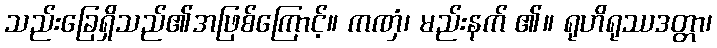
သည်းခြေရှိသည်၏အဖြစ်ကြောင့်။ ကဏှံ၊ မည်းနက် ၏။ ရုဟိရုဿဒတ္တာ၊